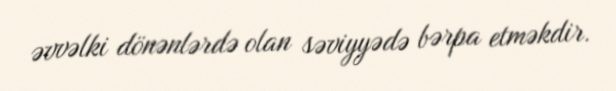
əvvəlki dönənlərdə olan səviyyədə bərpa etməkdir.